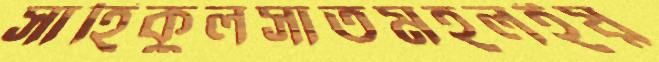
সাহিকুলসাতমহলইয়